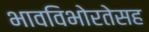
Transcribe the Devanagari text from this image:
भावविभोरतेसह